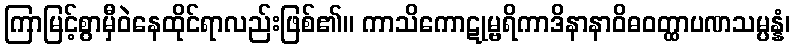
ကြာမြင့်စွာမှီဝဲနေထိုင်ရာလည်းဖြစ်၏။ ကာသိကောဋုမ္ဗရိကာဒိနာနာဝိဓဝတ္ထာပဏသမ္ပန္နံ၊